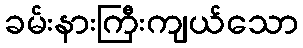
ခမ်းနားကြီးကျယ်သော